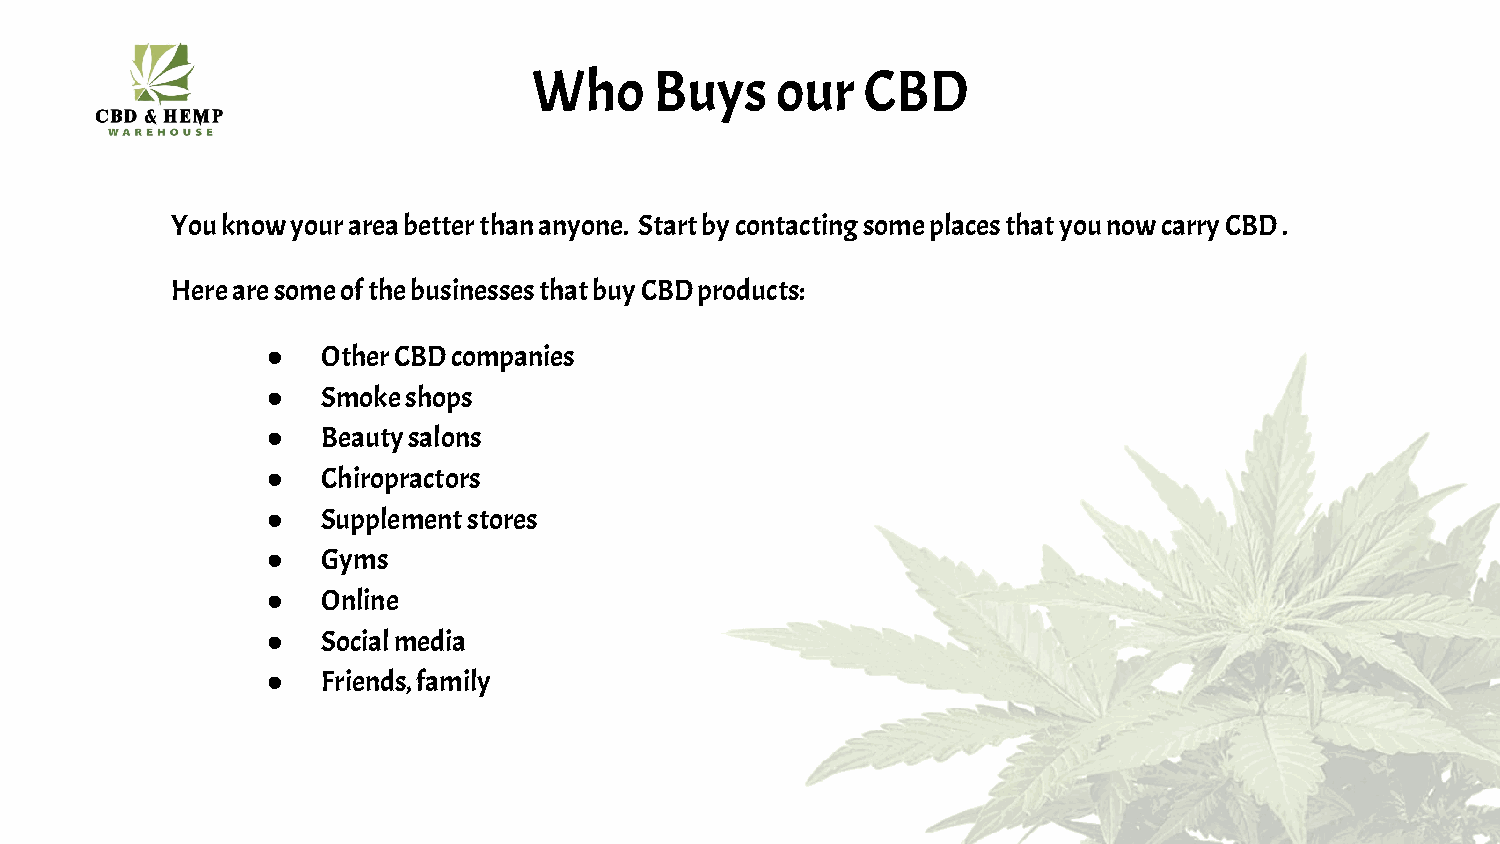
Who     Buys    our   CBD
 You know your area better than anyone. Start by contacting some places that you now carry CBD .
 Here are some of the businesses that buy CBD products:
 ●  Other CBD companies
 ●  Smoke shops
 ●  Beauty salons
 ●  Chiropractors
 ●  Supplement stores
 ●  Gyms
 ●  Online
 ●  Social media
 ●  Friends, family
 10